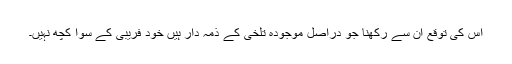
اس کی توقع ان سے رکھنا جو دراصل موجودہ تلخی کے ذمہ دار ہیں خود فریبی کے سوا کچھ نہیں۔